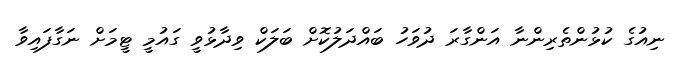
ނިއުގެ ކުޅުންތެރިންނާ އަންގާރަ ދުވަހު ބައްދަލުކޮށް ބަލަކް ވިދާޅުވީ ގައުމީ ޓީމަށް ނަގާފައިވާ